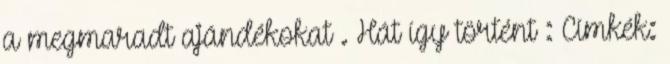
a megmaradt ajándékokat . Hát így történt : Címkék: